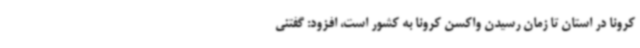
کرونا در استان تا زمان رسیدن واکسن کرونا به کشور است، افزود: گفتنی